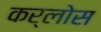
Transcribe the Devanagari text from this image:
कर्लोस